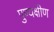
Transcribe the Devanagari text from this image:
पुण्यक्षीण